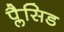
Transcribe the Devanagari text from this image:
प्लैसिड